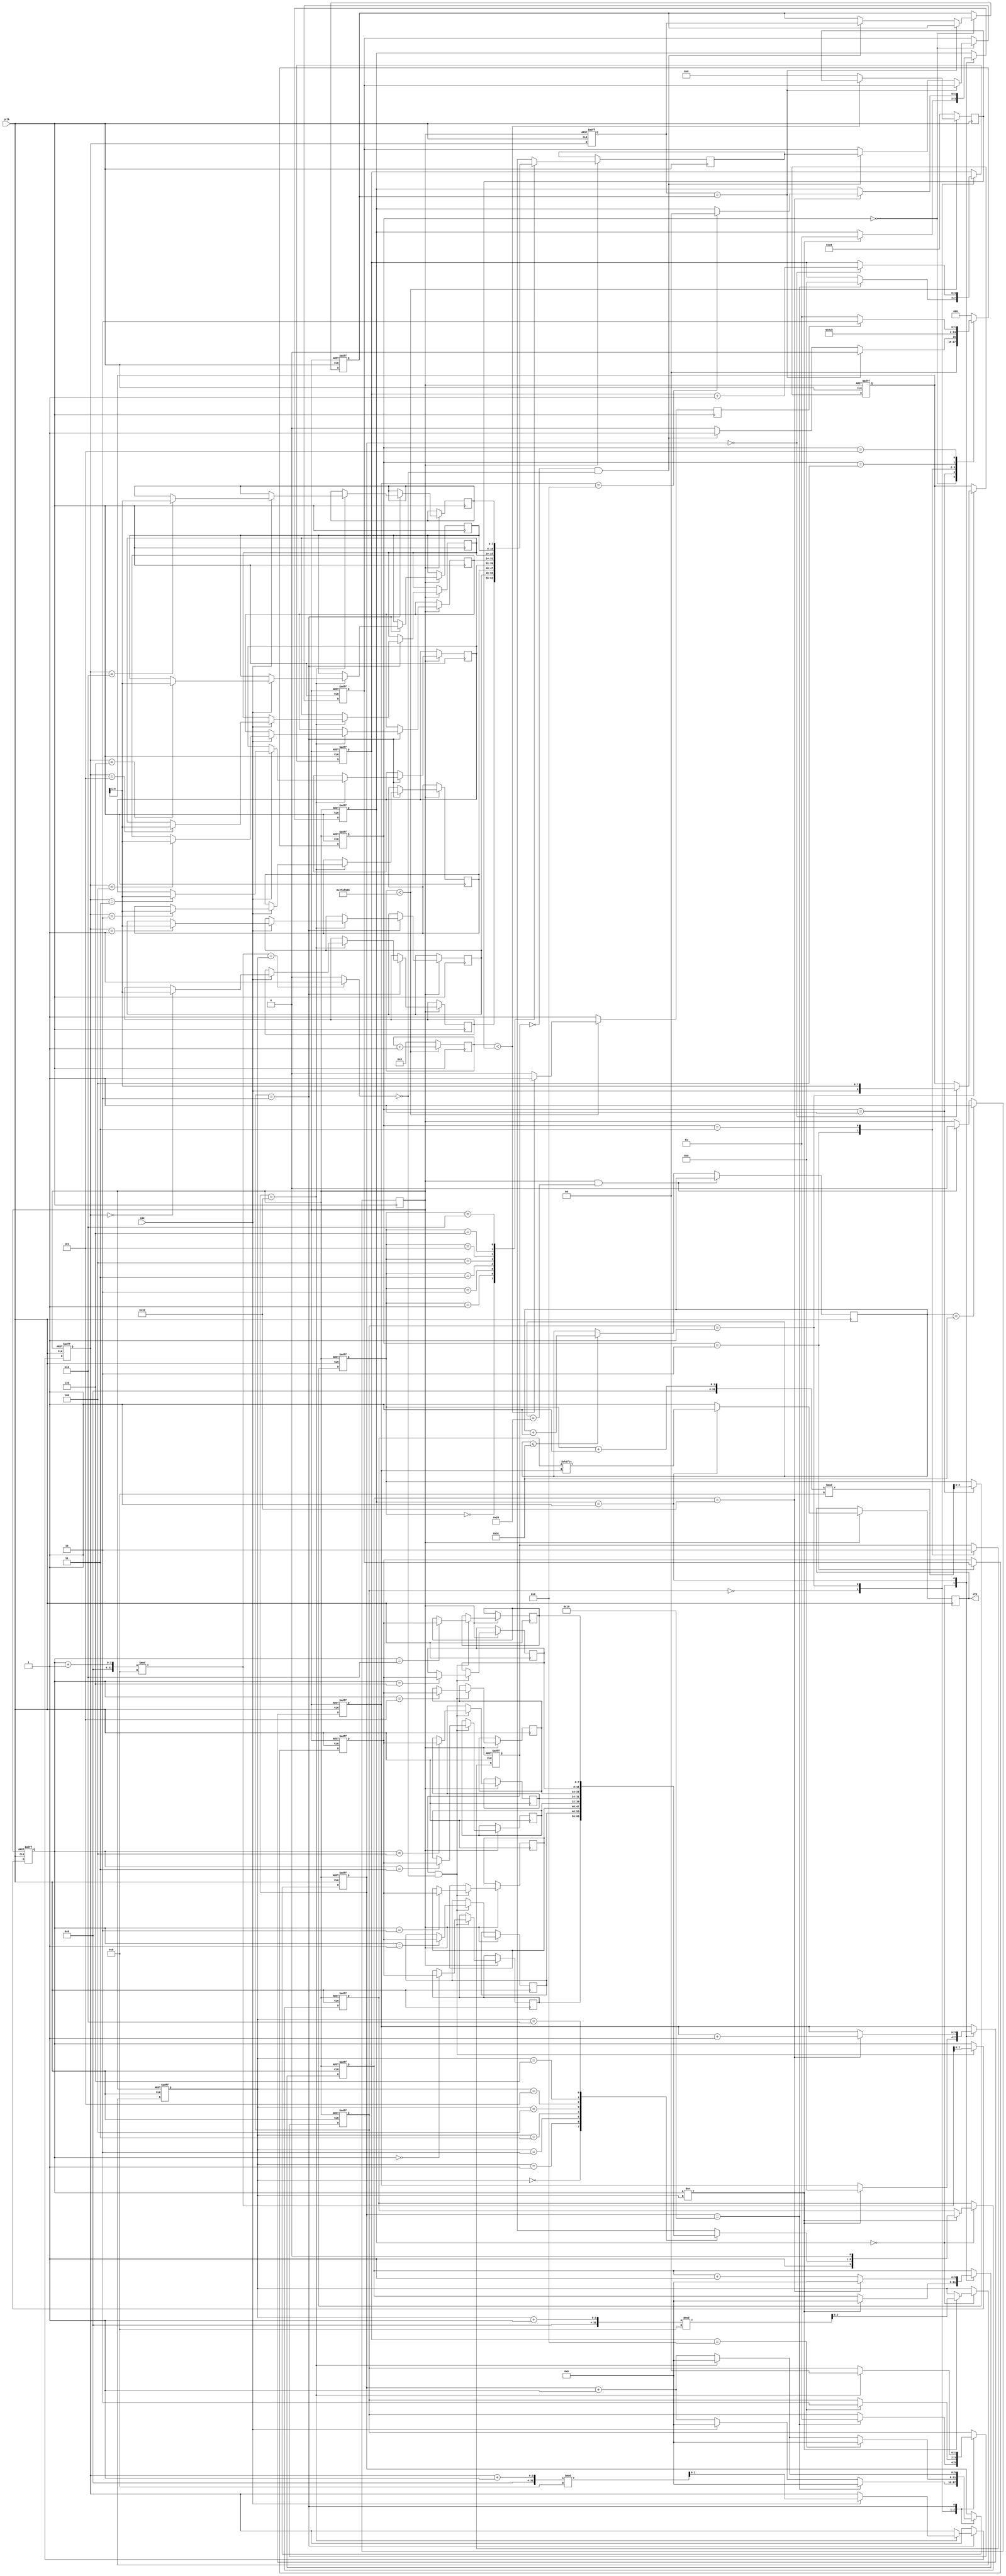
// Generated by MyHDL 0.11


`timescale 1ns/10ps

module mainecho (
    iClk,
    iRX,
    oTX
);


input iClk;
input iRX;
output oTX;
reg oTX;

reg obusy;
reg [7:0] iData;
reg [7:0] ldData;
reg iRst;
reg [7:0] oData;
reg [2:0] read_addr;
reg sig;
reg [2:0] oRx_addr;
reg [5:0] pwrup;
reg WriteEnable;
wire oWrBuffer_full;
reg [31:0] ppscounter;
reg [7:0] pps0_sighi;
reg RS232_Module0_sig_WrBuffer_full;
reg [5:0] RS232_Module0_tx_counter;
reg [3:0] RS232_Module0_tx_bit_count;
reg [8:0] RS232_Module0_rx_currentData;
reg [1:0] RS232_Module0_rx_State;
reg [2:0] RS232_Module0_write_addr;
reg [2:0] RS232_Module0_rx_addr;
reg [5:0] RS232_Module0_rx_counter;
reg [1:0] RS232_Module0_tx_State;
reg [9:0] RS232_Module0_SendREG;
reg [2:0] RS232_Module0_tx_addr;
reg [3:0] RS232_Module0_rx_bit_count;
reg [2:0] updateecho0_lcl_Rx_addr;
reg [2:0] updateecho0_state1;
reg [7:0] RS232_Module0_Receive_RAM [0:8-1];
reg [7:0] RS232_Module0_Transmit_RAM [0:8-1];



always @(posedge iClk) begin: MAINECHO_PPS0_PPSI
    if ((ppscounter < 50000000)) begin
        ppscounter <= (ppscounter + 1);
        if ((ppscounter < pps0_sighi)) begin
            sig <= 1;
        end
        else begin
            sig <= 0;
            pps0_sighi <= 0;
        end
    end
    else begin
        ppscounter <= 0;
        sig <= 1;
        pps0_sighi <= 1000;
    end
end


always @(posedge iClk, negedge iRst) begin: MAINECHO_RS232_MODULE0_SEQ_LOGIC
    if ((iRst == 0)) begin
        RS232_Module0_rx_State <= 0;
        RS232_Module0_rx_counter <= 0;
        RS232_Module0_rx_currentData <= 0;
        RS232_Module0_rx_bit_count <= 0;
        RS232_Module0_rx_addr <= 0;
        oRx_addr <= 0;
        RS232_Module0_tx_State <= 0;
        RS232_Module0_tx_addr <= 0;
        RS232_Module0_write_addr <= 0;
        RS232_Module0_SendREG <= 0;
        RS232_Module0_tx_counter <= 0;
        RS232_Module0_tx_bit_count <= 0;
    end
    else begin
        oRx_addr <= RS232_Module0_rx_addr;
        oData <= RS232_Module0_Receive_RAM[read_addr];
        oTX <= 1;
        case (RS232_Module0_rx_State)
            'h0: begin
                if ((iRX == 0)) begin
                    RS232_Module0_rx_counter <= (RS232_Module0_rx_counter + 1);
                end
                else begin
                    RS232_Module0_rx_counter <= 0;
                end
                if ((RS232_Module0_rx_counter == 25)) begin
                    RS232_Module0_rx_State <= 1;
                    RS232_Module0_rx_counter <= 0;
                    RS232_Module0_rx_bit_count <= 0;
                end
            end
            'h1: begin
                RS232_Module0_rx_counter <= (RS232_Module0_rx_counter + 1);
                if ((RS232_Module0_rx_counter == 0)) begin
                    RS232_Module0_rx_currentData <= {iRX, RS232_Module0_rx_currentData[9-1:1]};
                    RS232_Module0_rx_bit_count <= (RS232_Module0_rx_bit_count + 1);
                end
                if ((RS232_Module0_rx_counter == 50)) begin
                    RS232_Module0_rx_counter <= 0;
                end
                if ((RS232_Module0_rx_bit_count == 9)) begin
                    RS232_Module0_rx_State <= 2;
                    RS232_Module0_rx_counter <= 0;
                end
            end
            'h2: begin
                RS232_Module0_rx_counter <= (RS232_Module0_rx_counter + 1);
                if ((RS232_Module0_rx_counter == 50)) begin
                    RS232_Module0_rx_State <= 0;
                    RS232_Module0_rx_counter <= 0;
                    if ((iRX == 1)) begin
                        RS232_Module0_Receive_RAM[RS232_Module0_rx_addr] <= RS232_Module0_rx_currentData[9-1:1];
                        RS232_Module0_rx_addr <= ((RS232_Module0_rx_addr + 1) % 8);
                    end
                end
            end
        endcase
        if ((WriteEnable && (!RS232_Module0_sig_WrBuffer_full))) begin
            RS232_Module0_Transmit_RAM[RS232_Module0_write_addr] <= iData;
            RS232_Module0_write_addr <= ((RS232_Module0_write_addr + 1) % 8);
        end
        case (RS232_Module0_tx_State)
            'h0: begin
                if ((RS232_Module0_write_addr != RS232_Module0_tx_addr)) begin
                    RS232_Module0_tx_counter <= 0;
                    RS232_Module0_tx_State <= 1;
                    RS232_Module0_tx_bit_count <= 0;
                    RS232_Module0_SendREG <= {1'h1, RS232_Module0_Transmit_RAM[RS232_Module0_tx_addr], 1'h0};
                    RS232_Module0_tx_addr <= ((RS232_Module0_tx_addr + 1) % 8);
                end
            end
            'h1: begin
                oTX <= RS232_Module0_SendREG[RS232_Module0_tx_bit_count];
                RS232_Module0_tx_counter <= (RS232_Module0_tx_counter + 1);
                if ((RS232_Module0_tx_counter == 50)) begin
                    RS232_Module0_tx_bit_count <= (RS232_Module0_tx_bit_count + 1);
                    RS232_Module0_tx_counter <= 0;
                    if ((RS232_Module0_tx_bit_count == 9)) begin
                        RS232_Module0_tx_State <= 0;
                    end
                end
            end
        endcase
    end
end


always @(RS232_Module0_write_addr, RS232_Module0_tx_addr) begin: MAINECHO_RS232_MODULE0_COMB_LOGIC
    if ((((RS232_Module0_write_addr + 1) % 8) == RS232_Module0_tx_addr)) begin
        RS232_Module0_sig_WrBuffer_full = 1'b1;
    end
    else begin
        RS232_Module0_sig_WrBuffer_full = 1'b0;
    end
end



assign oWrBuffer_full = RS232_Module0_sig_WrBuffer_full;


always @(posedge iClk) begin: MAINECHO_PWRUPRST0_LOGIC2
    if (((iRst == 1) && (pwrup == 40))) begin
        iRst <= 0;
    end
    else begin
        if ((pwrup <= 60)) begin
            pwrup <= (pwrup + 1);
        end
    end
    if ((pwrup == 60)) begin
        iRst <= 1;
    end
end


always @(posedge iClk, negedge iRst) begin: MAINECHO_UPDATEECHO0_RTL
    if ((iRst == 0)) begin
        iData <= 0;
        ldData <= 0;
        WriteEnable <= 0;
        read_addr <= 0;
        obusy <= 0;
        updateecho0_lcl_Rx_addr <= 0;
        updateecho0_state1 <= 3'b000;
    end
    else begin
        updateecho0_state1 <= 3'b000;
        case (updateecho0_state1)
            3'b000: begin
                if ((oRx_addr == updateecho0_lcl_Rx_addr)) begin
                    updateecho0_state1 <= 3'b000;
                end
                else begin
                    if (((!WriteEnable) && (!oWrBuffer_full))) begin
                        ldData <= oData;
                        updateecho0_lcl_Rx_addr <= oRx_addr;
                        obusy <= 1;
                        updateecho0_state1 <= 3'b001;
                    end
                    else begin
                        updateecho0_state1 <= 3'b000;
                    end
                end
            end
            3'b001: begin
                read_addr <= ((read_addr + 1) % 8);
                updateecho0_state1 <= 3'b010;
            end
            3'b010: begin
                iData <= ldData;
                WriteEnable <= 1;
                updateecho0_state1 <= 3'b011;
            end
            3'b011: begin
                WriteEnable <= 0;
                updateecho0_state1 <= 3'b100;
            end
            3'b100: begin
                updateecho0_state1 <= 3'b101;
            end
            3'b101: begin
                if ((!sig)) begin
                    updateecho0_state1 <= 3'b101;
                end
                else begin
                    updateecho0_state1 <= 3'b110;
                end
            end
            default: begin
                if ((updateecho0_state1 == 3'b110)) begin
                    obusy <= 0;
                    updateecho0_state1 <= 3'b000;
                end
            end
        endcase
    end
end

endmodule